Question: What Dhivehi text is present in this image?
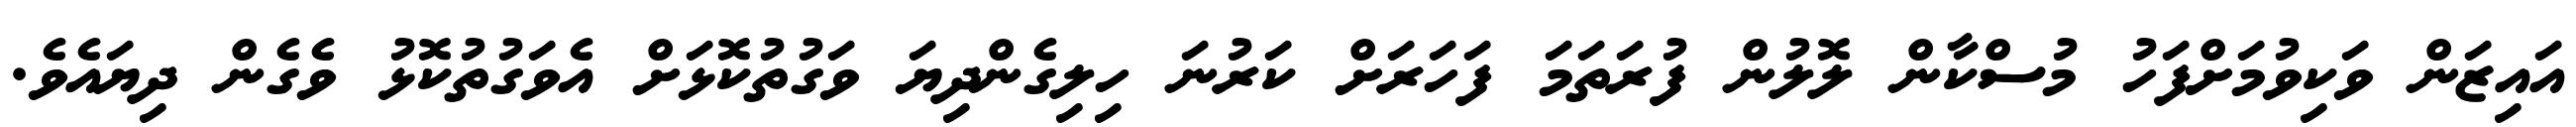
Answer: އައިޒަން ވަކިވުމަށްފަހު މުސްކާން ލޮލުން ފުރަތަމަ ފަހަރަށް ކަރުނަ ހިލިގެންދިޔަ ވަގުތުކޮޅަށް އެވަގުތުކޮޅު ވެގެން ދިޔައެވެ.